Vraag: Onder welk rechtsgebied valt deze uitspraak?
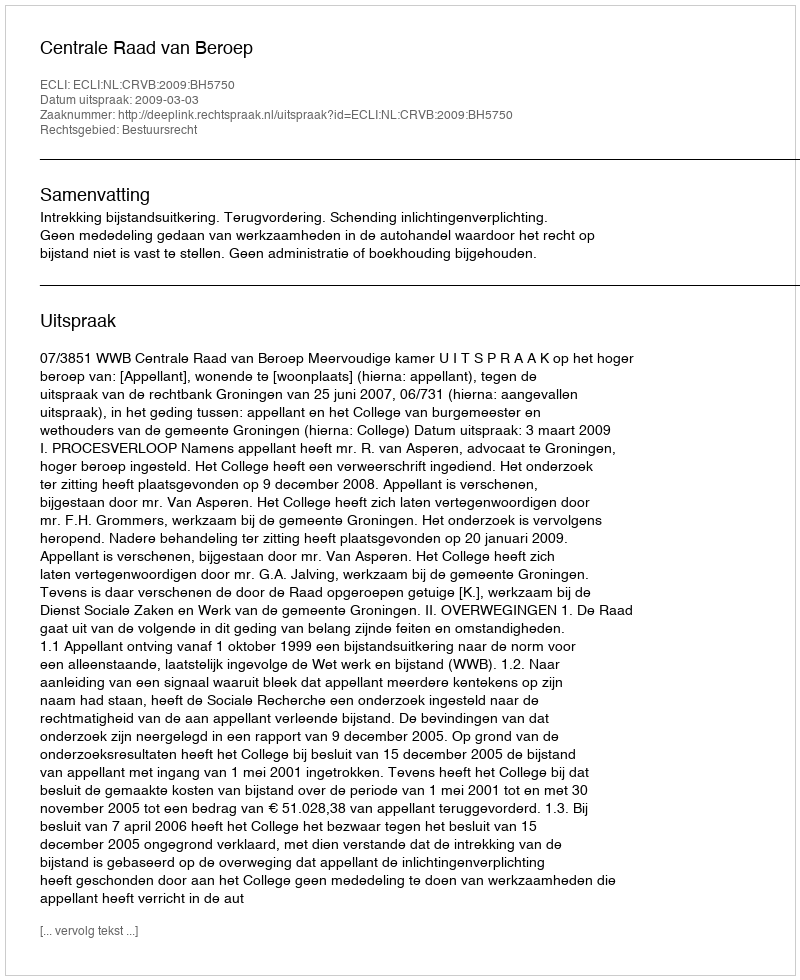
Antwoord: Bestuursrecht